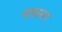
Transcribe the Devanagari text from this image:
पाथना